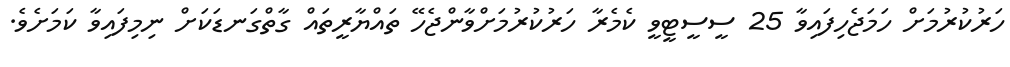
ހަރުކުރުމަށް ހަމަޖެހިފައިވާ 25 ސީސީޓީވީ ކެމެރާ ހަރުކުރުމަށްވާންޖެހޭ ތައްޔާރީތައް ގާތްގަނޑަކަށް ނިމިފައިވާ ކަމަށެވެ.